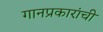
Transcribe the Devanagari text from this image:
गानप्रकारांची